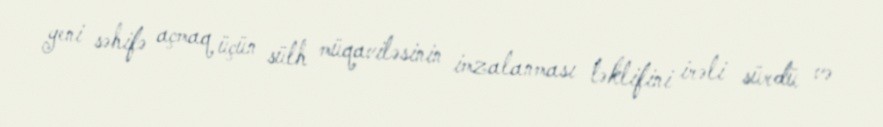
yeni səhifə açmaq üçün sülh müqaviləsinin imzalanması təklifini irəli sürdü və